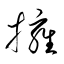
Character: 擁